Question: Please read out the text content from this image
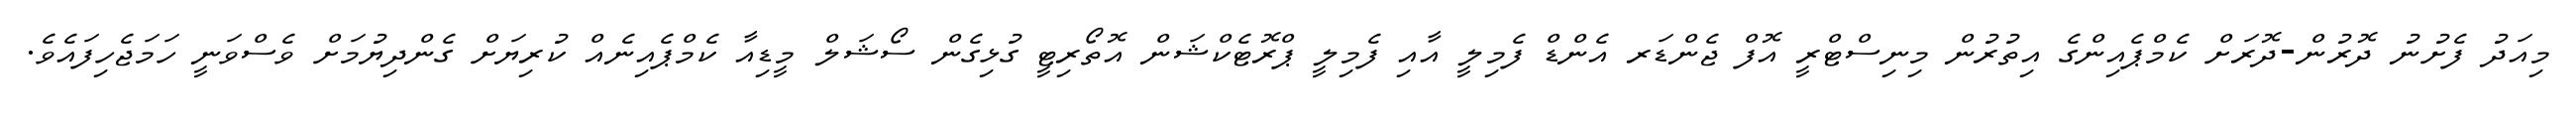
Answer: މިއަދު ފެށުނު ދޮރުން-ދޮރަށް ކެމްޕެއިންގެ އިތުރުން މިނިސްޓްރީ އޮފް ޖެންޑަރ އެންޑް ފެމިލީ އާއި ފެމިލީ ޕްރޮޓެކްޝަން އޮތޯރިޓީ ގުޅިގެން ސޯޝަލް މީޑިއާ ކެމްޕެއިނެއް ކުރިޔަށް ގެންދިޔުމަށް ވެސްވަނީ ހަމަޖެހިފައެވެ.